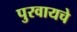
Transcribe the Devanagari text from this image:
पुरवायचे